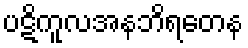
ပဋိကူလအနဘိရတေန